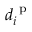
d _ { i } ^ { \mathrm { ~ p ~ } }